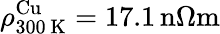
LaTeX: \rho_{300\, \mathrm{K}}^{\mathrm{Cu}}=17.1\, \mathrm{n}\Omega\mathrm{m}